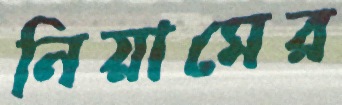
নিয়ামের